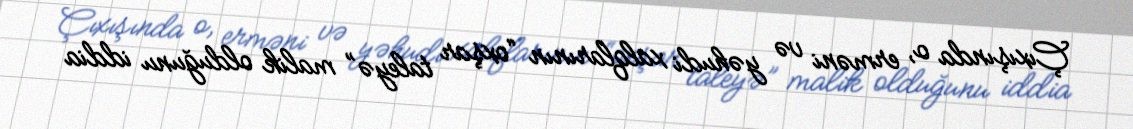
Çıxışında o, erməni və yəhudi xalqlarının “oxşar taleyə” malik olduğunu iddia